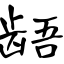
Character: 龉